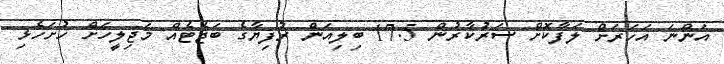
އަންނަ އަހަރަށް ލަފާކޮށް ސަރުކާރުން 17.5 ބިލިއަން ރުފިޔާގެ ބަޖެޓެއް މަޖިލީހަށް ހުށަހެޅި